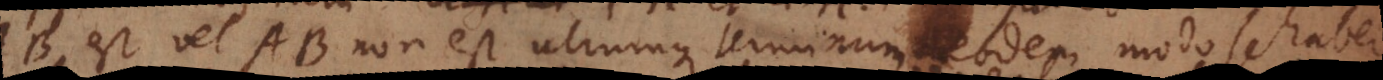
AB est vel AB non est utrumque terminum eodem modo se habere